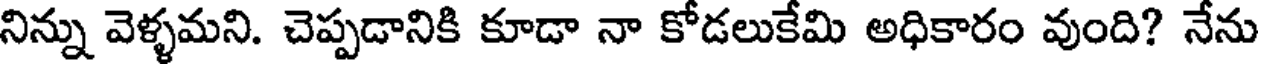
నిన్ను వెళ్ళమని. చెప్పడానికి కూడా నా కోడలుకేమి అధికారం వుంది? నేను